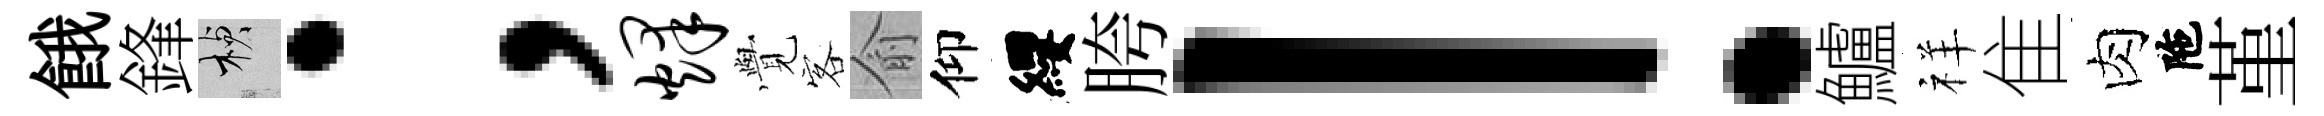
餓鋒楨；烽𮗜客俞仰纓胯！鱸祥隹肉陁堇